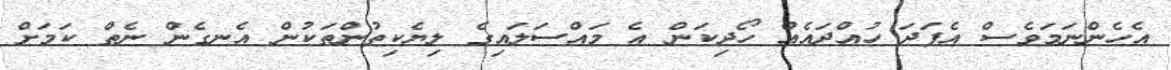
އެހެންނަމަވެސް އެފަދަ ހުއްދައެއް ހޯދިކަން އެ މައްސަލައިގެ ލިޔެކިތުންތަކުން އެނގެން ނެތް ކަމަށް